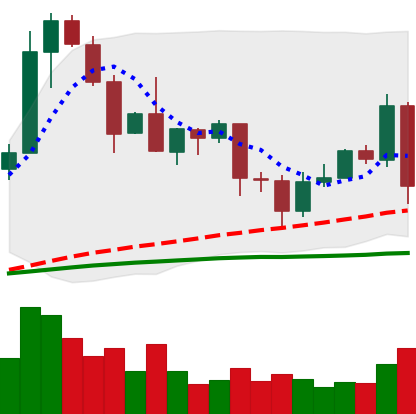
Ticker: EOS-USD
Chart end date: 2020-09-02
Forward return: -7.978%
Label: down_7plus